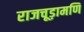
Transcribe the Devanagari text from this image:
राजचूड़ामणि